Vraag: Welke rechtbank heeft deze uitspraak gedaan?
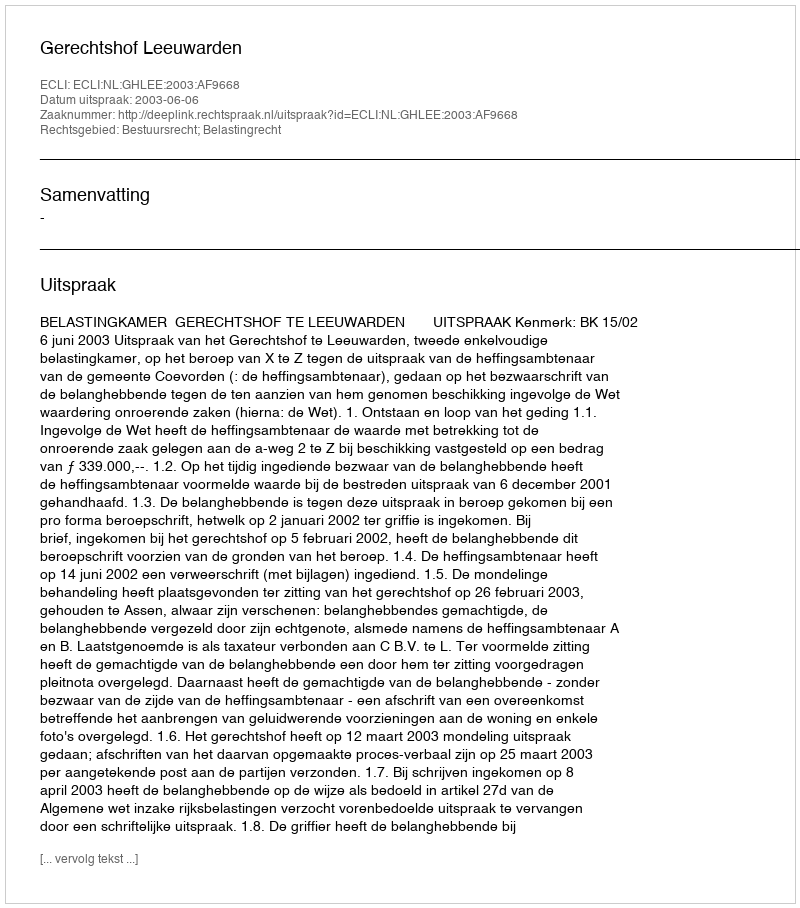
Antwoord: Gerechtshof Leeuwarden